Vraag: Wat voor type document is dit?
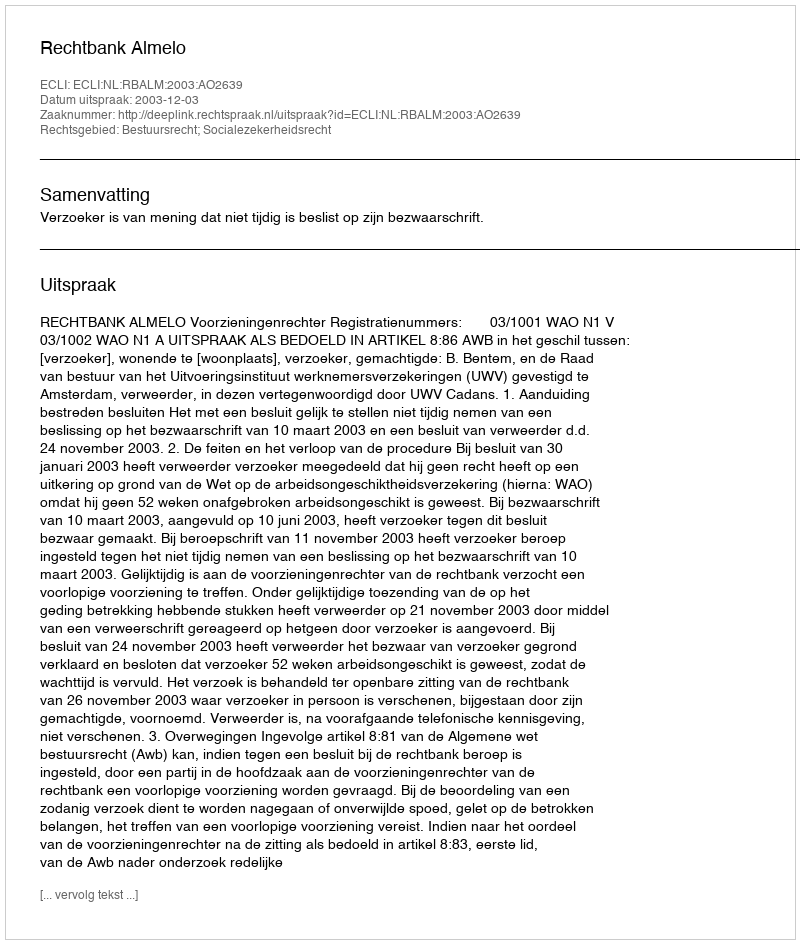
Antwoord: Uitspraak